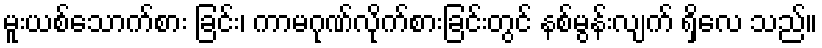
မူးယစ်သောက်စား ခြင်း၊ ကာမဂုဏ်လိုက်စားခြင်းတွင် နစ်မွန်းလျက် ရှိလေ သည်။